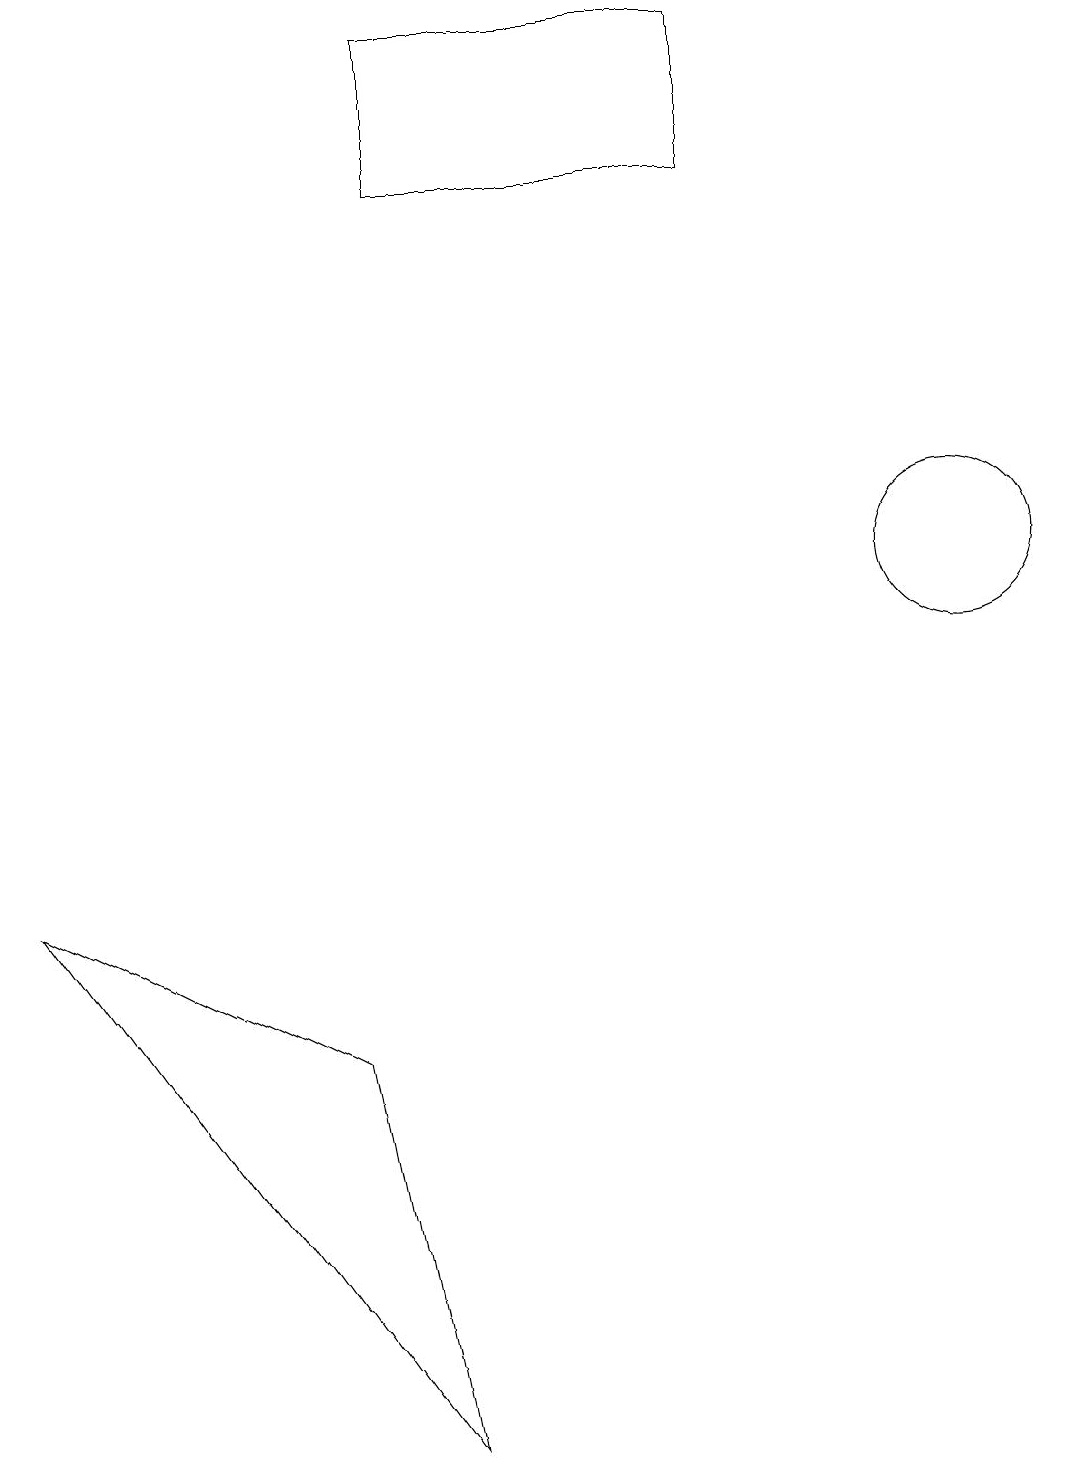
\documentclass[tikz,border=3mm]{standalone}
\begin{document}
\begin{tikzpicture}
\draw (12,12) circle (1);
\draw (9,19) rectangle (5,17);
\draw (4,6) -- (5,1) -- (0,8) -- cycle;
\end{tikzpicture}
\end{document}